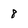
Character: 8